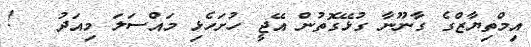
އިމްތިޔާޒްގެ ގާނޫނާ ގުޅޭގޮތުން އޭޖީ ހުށަހެޅި މައްސަލަ މިއަދު   !